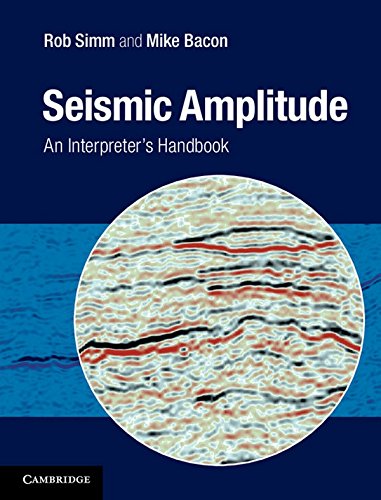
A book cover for Seismic Amplitude: An Interpreter's Handbook; Rob Simm; Science & Math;